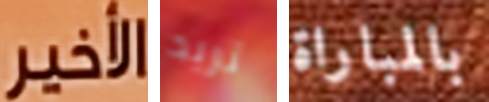
الـأخير تريد بالمباراة